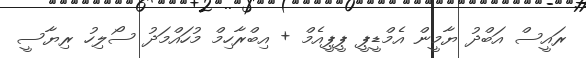
ރައީސް އަބްދު ޔާމީން އެމްޑީޕީ ޕީޕީއެމް + އިބްރާހިމް މުހައްމަދު ސޯލިހު ރިޔާސީ